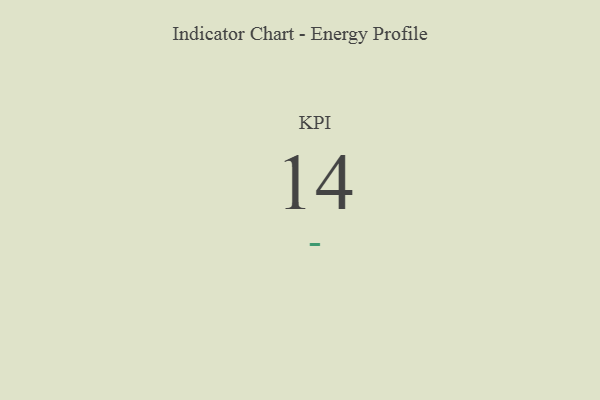
{"axis": {"x": "KPI", "y": "Value"}, "legend": [""], "data": [{"x": "KPI", "y": 14, "type": ""}]}